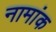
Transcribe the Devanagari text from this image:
नामांक